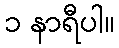
၁ နာရီပါ။